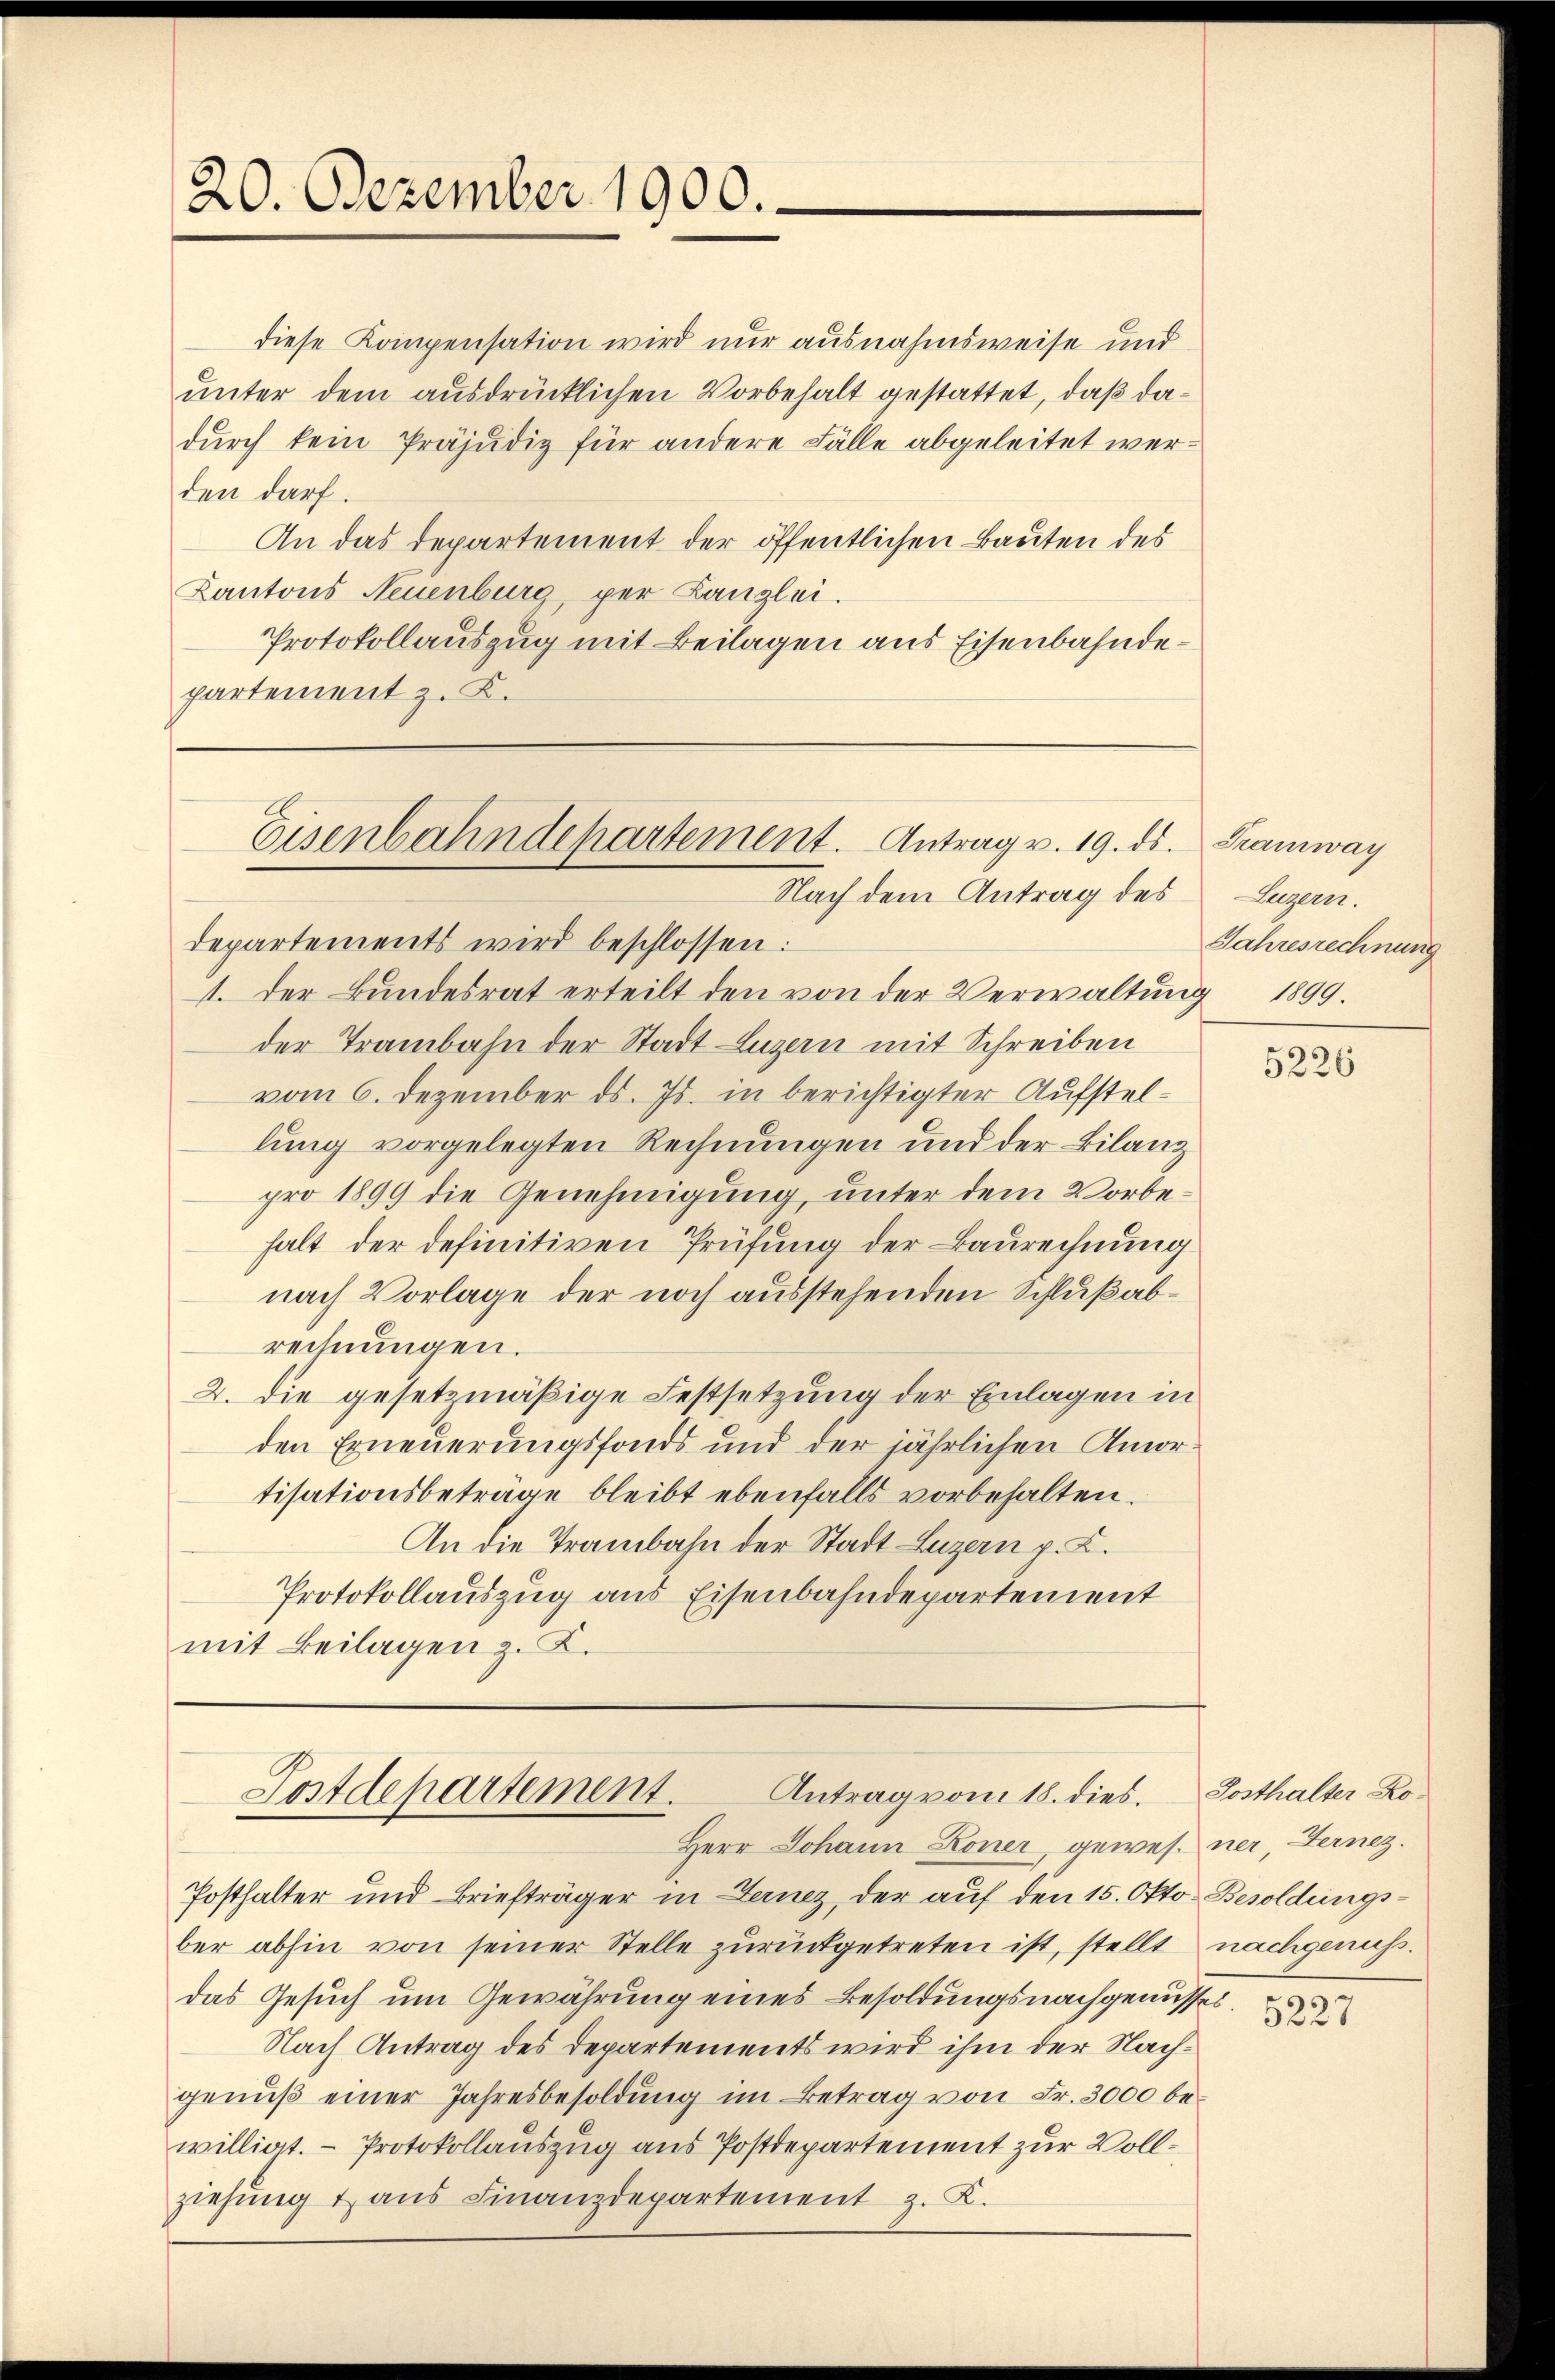
20. Dezember 1900.

diese Kompensation wird nur ausnahmsweise und
unter dem ausdrücklichen Vorbehalt gestattet, daß dadurch kein Präjudiz für andere Fälle abgeleitet werden darf
An das Departement der öffentlichen Bauten des
Kantons Neuenburg, per Kanzlei.
Protokollauszug mit Beilagen aus Eisenbahndepartement z. K.

departements wird beschlossen:
1. Der Bundesrat erteilt den von der Verwaltung 1899.
der Trambahn der Stadt Luzern mit Schreiben
vom 6. Dezember ds. Js. in berichtigter Aufstellung vorgelegten Rechnungen und der Bilanz
pro 1899 die Genehmigung, unter dem Vorbehalt der definitiven Prüfung der Baurechnung
nach Vorlage der noch ausstehenden Schlußabrechnungen.
2. die gesetzmäßige Festsetzung der Einlagen in
den Erneuerungsfonds und der jährlichen Amortisationsbeträge bleibt ebenfalls vorbehalten.
An die Trambahn der Stadt Luzern p. L.
Protokollauszug aus Eisenbahndepartement
mit Beilagen z. K.

G
Eisenbahndepartement. Antrag v. 19. ds. Tramway
Nach dem Antrag des

Postdepartement.
Antrag vom 18. dies.
Herr Johann Koner, gewesener Fernez.

Lugern.
Jahresrechnung

Posthalter und Briefträger in Lernez, der auf den 15. Okto. Besoldungsber abhin von seiner Stelle zurückgetreten ist, stellt nachgenuß.
das Gesuch um Gewährung eines Besoldungsnachgenusses
Nach Antrag des Departements wird ihm der Nachgenŭβ einer Jahresbesoldŭng im Betrag von Fr. 3000 be-
willigt. — Protokollauszug aus Postdepartement zur Vollziehung Hans Finanzdepartement z. K.

5226

Gosthalter Ko¬

5227